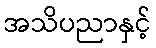
အသိပညာနှင့်